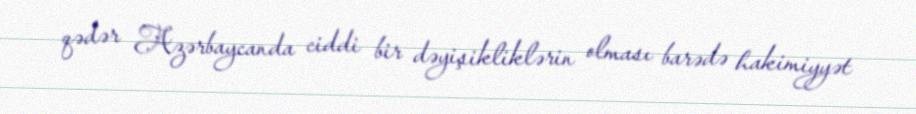
qədər Azərbaycanda ciddi bir dəyişikliklərin olması barədə hakimiyyət